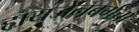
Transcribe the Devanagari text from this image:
हायजेनबर्गचा